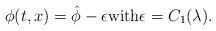
LaTeX: \begin{align*}\phi(t,x)=\hat{\phi}-\epsilon \mbox{with} \epsilon=C_1(\lambda).\end{align*}